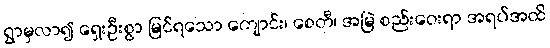
ရွာမှလာ၍ ရှေးဦးစွာ မြင်ရသော ကျောင်း၊ စေတီ၊ အမြဲ စည်းဝေးရာ အရပ်အထိ